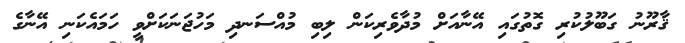
ޤާރޫނު ގަބޫލުކުރި ގޮތުގައި އޭނާއަށް މުދާވެރިކަން ލިބި މުއްސަނދި މަހުޖަނަކަށްވީ ހަމައެކަނި އޭނާގެ